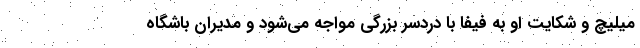
میلیچ و شکایت او به فیفا با دردسر بزرگی مواجه می‌شود و مدیران باشگاه